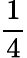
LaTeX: \frac{1}{4}